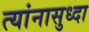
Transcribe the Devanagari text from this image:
त्यांनासुध्दा